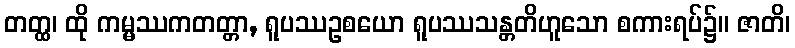
တတ္ထ၊ ထို ကမ္မဿကတတ္တာ, ရူပဿဥစယော ရူပဿသန္တတိဟူသော စကားရပ်၌။ ဇာတိ၊